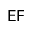
\mathsf { E F }